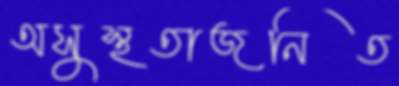
অসুস্থতাজনিত